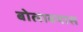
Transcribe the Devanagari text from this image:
बोलावयास